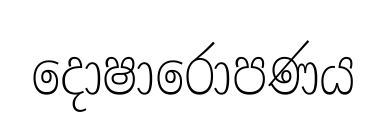
දොෂාරොපණය